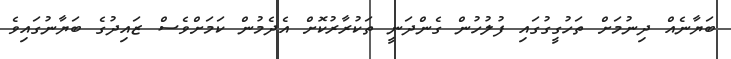
ބަޔާނެއް ދިނުމަށް ތަހުގީގުގައި ފުލުހުން ގެންދަނީ ތަކުރާރުކޮށް އެދެމުން ކަމަށްވެސް ޒައިދުގެ ބަޔާނުގައިވެ